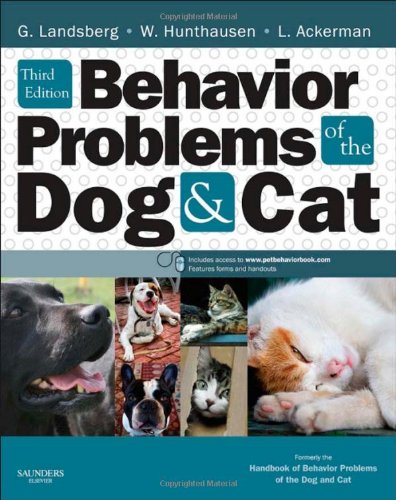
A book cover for Behavior Problems of the Dog and Cat, 3e; Gary Landsberg BSc  DVM  Dipl ACVB  dip ECWABM (behaviour); Medical Books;